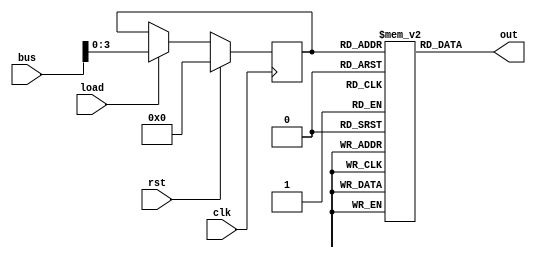
// This program was cloned from: https://github.com/kevinwguan/tt06-SAP-1_Computer-
// License: Apache License 2.0

`default_nettype none
`timescale 1ns/1ps
module memory(
    input 	clk,
    input 	rst,
    input 	load,
    input[7:0] 	bus,
    output[7:0] out
    );

    reg[3:0] mar;
    reg[7:0] rom[0:15];
    
    
    initial begin
    
    	rom[0] = 8'h0D;
    	rom[1] = 8'h1E;
    	rom[2] = 8'h2F;
    	rom[3] = 8'hF0;
    	rom[4] = 8'h00;
    	rom[5] = 8'h00;
    	rom[6] = 8'h00;
    	rom[7] = 8'h00;
    	rom[8] = 8'h00;
    	rom[9] = 8'h00;
    	rom[10] = 8'h00;
    	rom[11] = 8'h00;
    	rom[12] = 8'h00;
    	rom[13] = 8'h03;
    	rom[14] = 8'h04;
    	rom[15] = 8'h02;
    
    end
    
    always @(posedge clk) begin
    	if (rst) begin
    	    mar <= 4'b0;
    	end else if (load) begin
    	    mar <= bus[3:0];
    	end
    end
    
    assign out = rom[mar];

endmodule